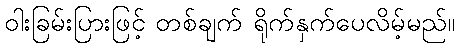
ဝါးခြမ်းပြားဖြင့် တစ်ချက် ရိုက်နှက်ပေလိမ့်မည်။